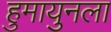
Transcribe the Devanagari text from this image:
हुमायुनला